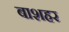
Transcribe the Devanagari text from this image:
बाशहर